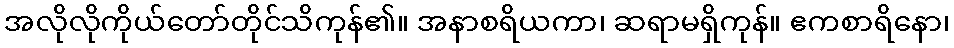
အလိုလိုကိုယ်တော်တိုင်သိကုန်၏။ အနာစရိယကာ၊ ဆရာမရှိကုန်။ ဧကစာရိနော၊